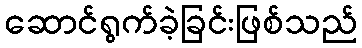
ဆောင်ရွက်ခဲ့ခြင်းဖြစ်သည်